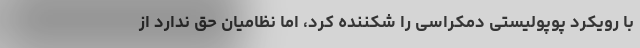
با رویکرد پوپولیستی دمکراسی را شکننده کرد، اما نظامیان حق ندارد از